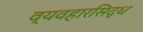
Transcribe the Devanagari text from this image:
व्यवहारसिद्ध